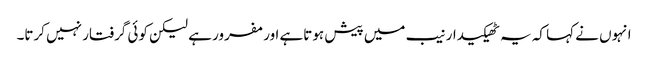
انہوں نے کہا کہ یہ ٹھیکیدار نیب میں پیش ہوتاہے اور مفرور ہے لیکن کوئی گرفتار نہیں کرتا۔